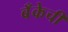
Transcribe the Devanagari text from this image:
बॅँकेची